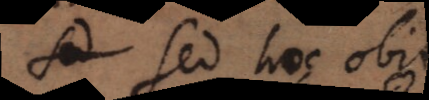
. Sed hoc obi